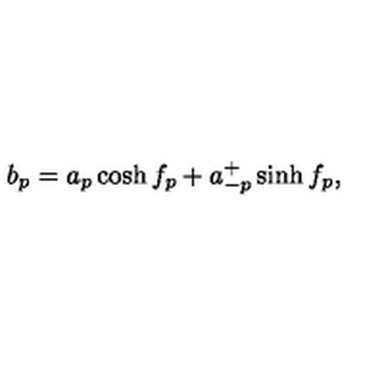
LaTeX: b _ { p } = a _ { p } \cosh f _ { p } + a _ { - p } ^ { + } \sinh f _ { p } ,